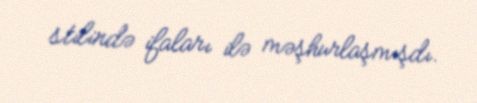
stilində ifaları ilə məşhurlaşmışdı.